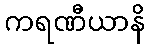
ကရဏီယာနိ